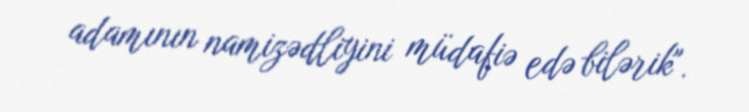
adamının namizədliyini müdafiə edə bilərik".